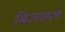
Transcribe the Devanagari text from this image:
बिजसल